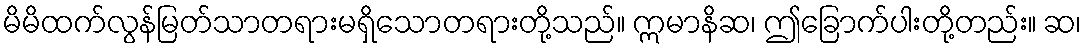
မိမိထက်လွန်မြတ်သာတရားမရှိသောတရားတို့သည်။ ဣမာနိဆ၊ ဤခြောက်ပါးတို့တည်း။ ဆ၊